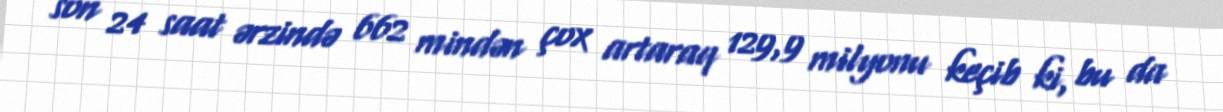
son 24 saat ərzində 662 mindən çox artaraq 129,9 milyonu keçib ki, bu da